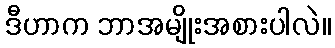
ဒီဟာက ဘာအမျိုးအစားပါလဲ။